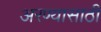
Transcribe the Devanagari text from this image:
अरण्यासाठी